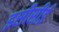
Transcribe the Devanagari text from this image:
इसीसीई